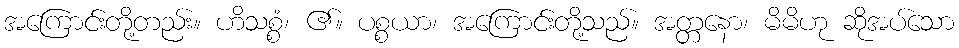
အကြောင်းတို့တည်း။ ဟိသစ္စံ၊ ၏။ ပစ္စယာ၊ အကြောင်းတို့သည်။ အတ္တနော၊ မိမိဟု ဆိုအပ်သော